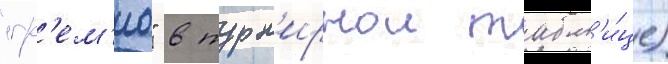
"гр'ем'ио" в турн'ирнои табл'и́це)